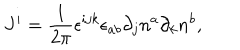
LaTeX: J ^ { i } = \frac 1 { 2 \pi } { \bf \epsilon } ^ { i j k } \epsilon _ { a b } \partial _ { j } n ^ { a } \partial _ { k } n ^ { b } ,